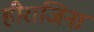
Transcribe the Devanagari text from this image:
हीराजिना